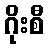
ဂိုးစီ